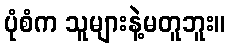
ပုံစံက သူများနဲ့မတူဘူး။